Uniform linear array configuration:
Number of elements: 48
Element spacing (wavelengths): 0.25
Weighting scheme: blackman
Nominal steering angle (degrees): -45
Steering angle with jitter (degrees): -45.856
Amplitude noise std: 0.05
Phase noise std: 0.05

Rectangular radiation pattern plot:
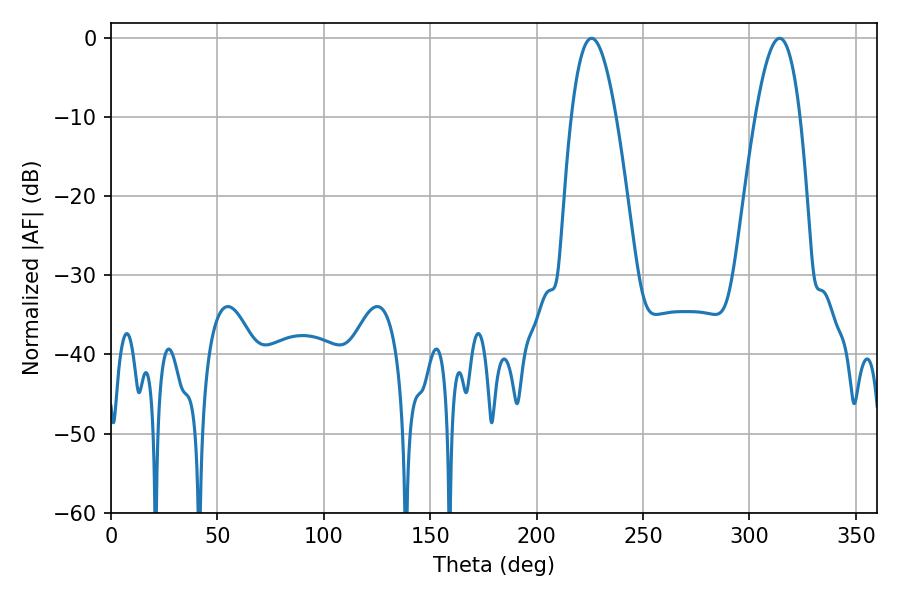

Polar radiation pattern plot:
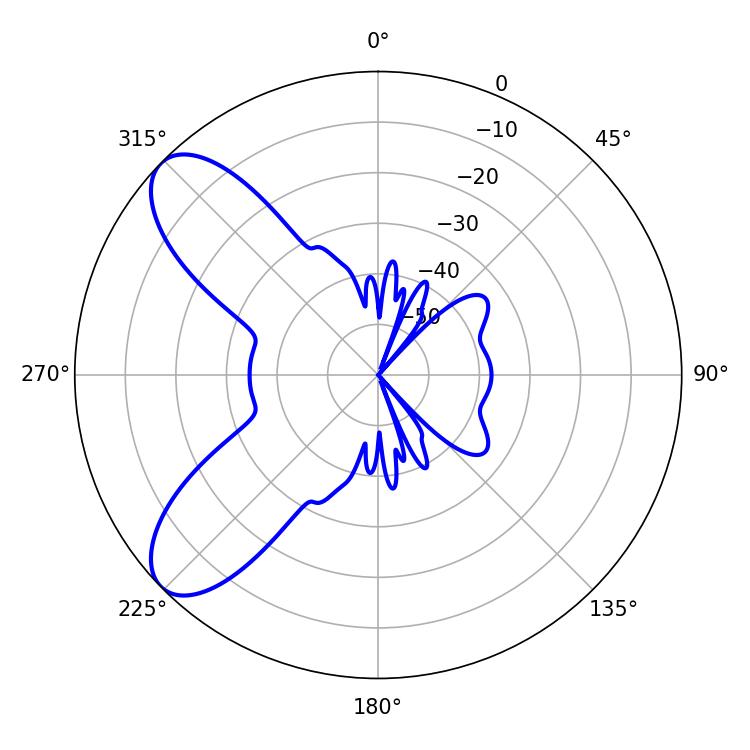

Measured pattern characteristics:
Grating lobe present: FALSE
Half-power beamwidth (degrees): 11.52
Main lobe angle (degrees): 225.9